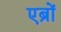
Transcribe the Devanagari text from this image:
एब्रों